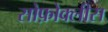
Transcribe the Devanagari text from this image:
सोफ़ोक्लीस